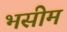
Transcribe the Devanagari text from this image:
भसीम